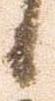
候